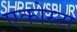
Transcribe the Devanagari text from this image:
एकोस्टा